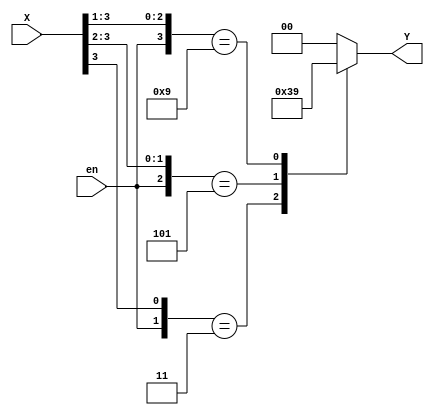
`timescale 1ns / 1ps
//////////////////////////////////////////////////////////////////////////////////
// Company: 
// Engineer: 
// 
// Design Name: 
// Module Name: decoder2x4
// Project Name: 
// Target Devices: 
// Tool Versions: 
// Description: 
// 
// Dependencies: 
// 
// Revision:
// Revision 0.01 - File Created
// Additional Comments:
// 
//////////////////////////////////////////////////////////////////////////////////

//4 bit priority encode, implemented with casex statement
module encoder4x2(
    input [3:0] X,
    input en,
    output reg [1:0] Y
    );
    
    always @*
        casex({en, X})
            5'b11???: Y = 11;
            5'b101??: Y = 10;
            5'b1001?: Y = 01;
            5'b10001: Y = 00;
            default: Y = 00;
        endcase
    
endmodule